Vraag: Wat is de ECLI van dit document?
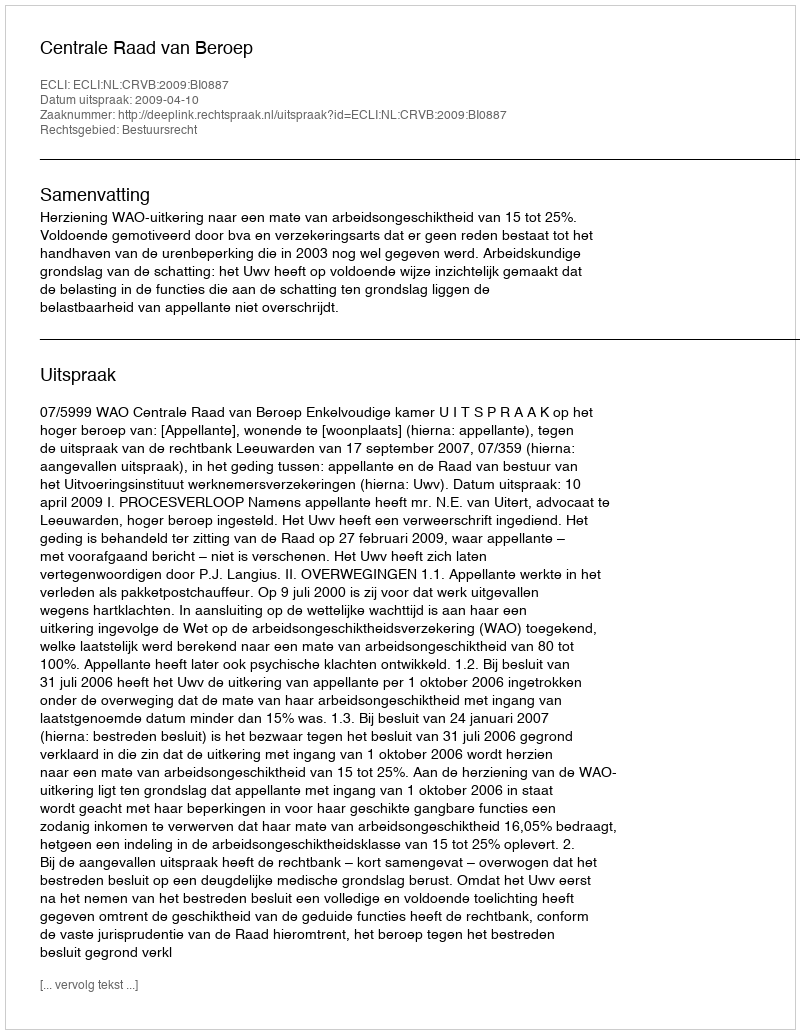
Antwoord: ECLI:NL:CRVB:2009:BI0887